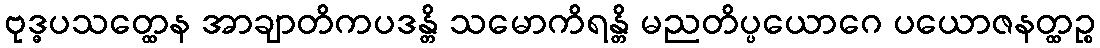
ဗုဒ္ဓပသတ္ထေန အာချာတိကပဒန္တိ သမောကိရန္တိ မညတိပ္ပယောဂေ ပယောဇနတ္ထဉ္စ